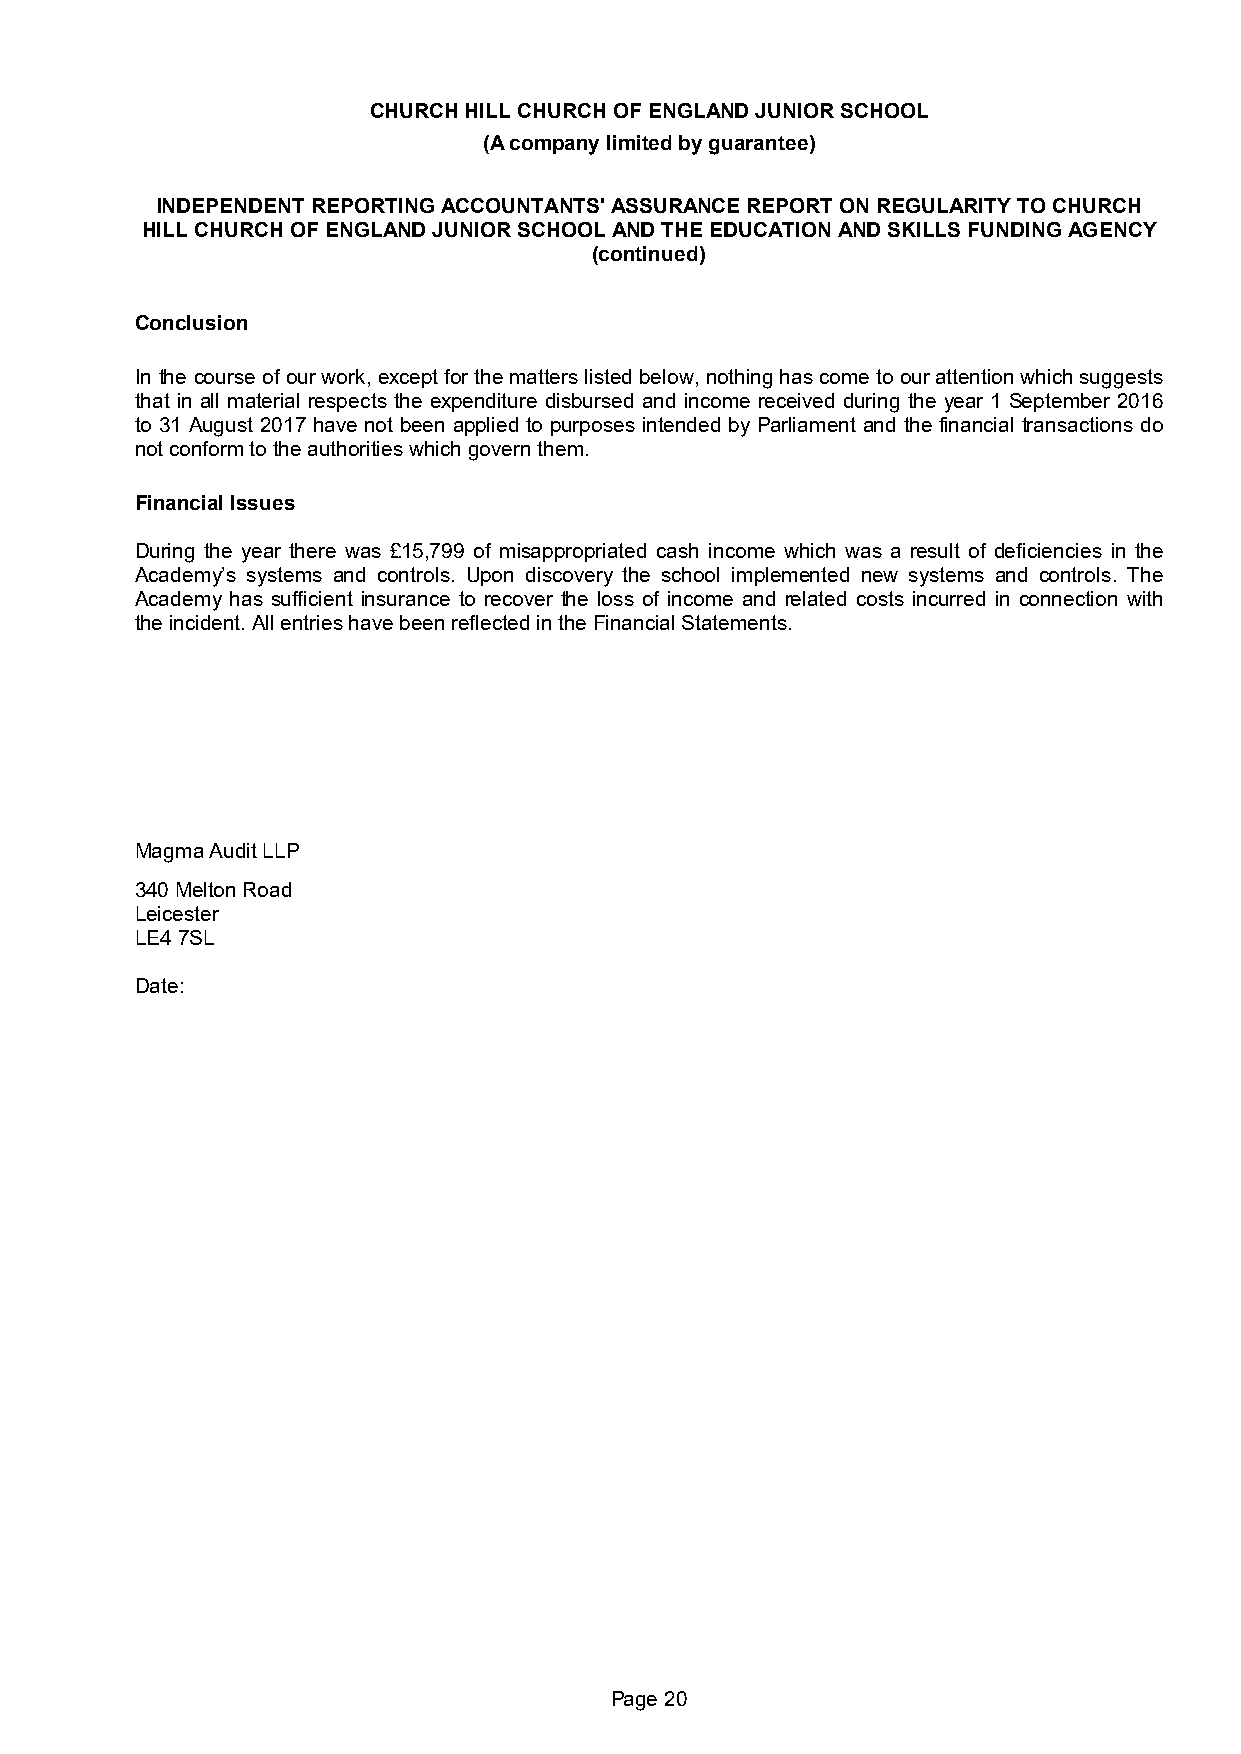
CHURCH HILL CHURCH OF ENGLAND JUNIOR SCHOOL
 (A company limited by guarantee)
 INDEPENDENT REPORTING ACCOUNTANTS' ASSURANCE REPORT ON REGULARITY TO CHURCH
 HILL CHURCH OF ENGLAND JUNIOR SCHOOL AND THE EDUCATION AND SKILLS FUNDING AGENCY
 (continued)
 Conclusion
 In the course of our work, except for the matters listed below, nothing has come to our attention which suggests
 that in all material respects the expenditure disbursed and income received during the year 1 September 2016
 to 31 August 2017 have not been applied to purposes intended by Parliament and the financial transactions do
 not conform to the authorities which govern them.
 Financial Issues
 During the year there was £15,799 of misappropriated cash income which was a result of deficiencies in the
 Academy’s systems and controls. Upon discovery the school implemented new systems and controls. The
 Academy has sufficient insurance to recover the loss of income and related costs incurred in connection with
 the incident. All entries have been reflected in the Financial Statements.
 Magma Audit LLP
 340 Melton Road
 Leicester
 LE4 7SL
 Date:
 Page 20